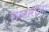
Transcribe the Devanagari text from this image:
राजाराजा